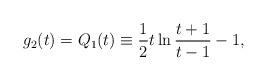
LaTeX: \begin{align*}g_2(t)=Q_1(t)\equiv {1\over 2}t\ln{{t+1}\over{t-1}}-1,\end{align*}